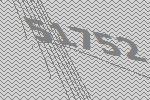
51752